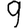
Digit: 9